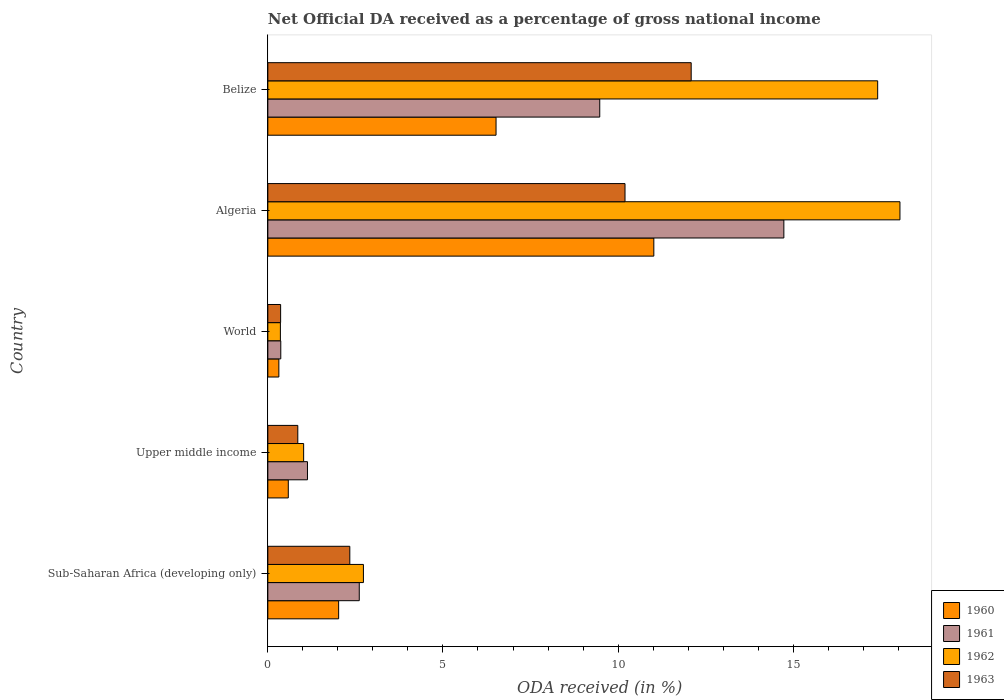
| Country | 1960 | 1961 | 1962 | 1963 |
 | --- | --- | --- | --- | --- |
 | Sub-Saharan Africa (developing only) | 2.02 | 2.61 | 2.73 | 2.34 |
 | Upper middle income | 0.584 | 1.13 | 1.02 | 0.855 |
 | World | 0.315 | 0.37 | 0.358 | 0.365 |
 | Algeria | 11 | 14.7 | 18 | 10.2 |
 | Belize | 6.52 | 9.48 | 17.4 | 12.1 |